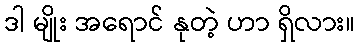
ဒါ မျိုး အရောင် နုတဲ့ ဟာ ရှိလား။